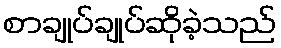
စာချုပ်ချုပ်ဆိုခဲ့သည်